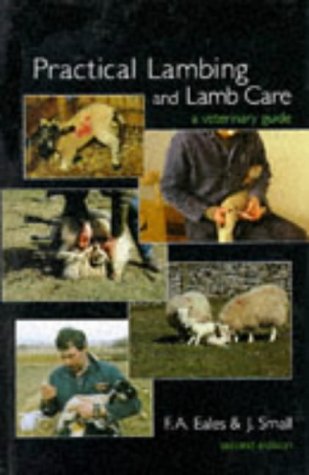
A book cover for Practical Lambing and Lamb Care; Andrew Eales; Medical Books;